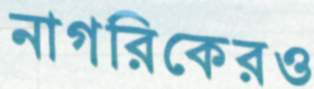
নাগরিকেরও